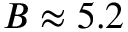
B \approx 5 . 2